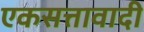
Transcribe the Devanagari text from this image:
एकसत्तावादी